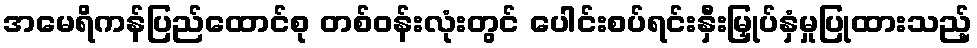
အမေရိကန်ပြည်ထောင်စု တစ်ဝန်းလုံးတွင် ပေါင်းစပ်ရင်းနှီးမြှုပ်နှံမှုပြုထားသည့်